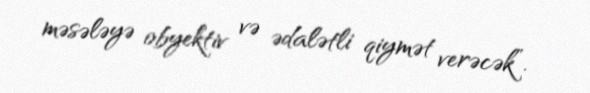
məsələyə obyektiv və ədalətli qiymət verəcək”.